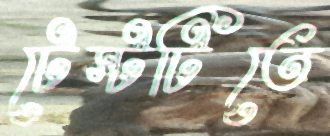
টেস্টটিতে